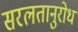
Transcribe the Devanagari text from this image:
सरलतानुरोध